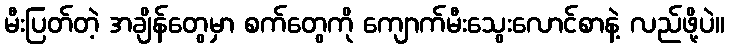
မီးပြတ်တဲ့ အချိန်တွေမှာ စက်တွေကို ကျောက်မီးသွေးလောင်စာနဲ့ လည်ဖို့ပဲ။